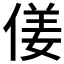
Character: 𠋄